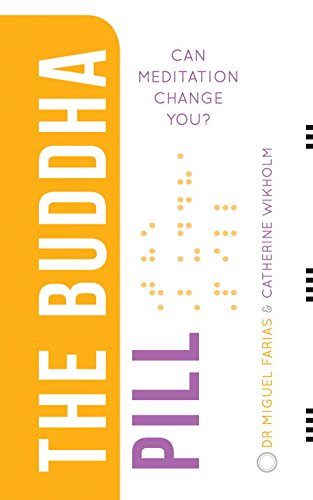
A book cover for The Buddha Pill: Can Meditation Change You?; Miguel Farias; Health, Fitness & Dieting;